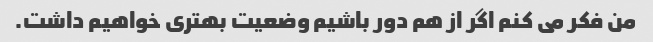
من فکر می کنم اگر از هم دور باشیم وضعیت بهتری خواهیم داشت.